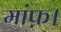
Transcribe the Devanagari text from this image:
मांफ़।